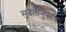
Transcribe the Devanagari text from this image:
मुदतीनुसार